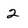
Character: 2